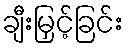
ချီးမြှင့်ခြင်း